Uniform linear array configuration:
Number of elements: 48
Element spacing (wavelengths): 0.5
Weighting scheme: blackman
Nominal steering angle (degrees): -60
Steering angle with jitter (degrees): -61.497
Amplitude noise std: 0.05
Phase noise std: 0.05

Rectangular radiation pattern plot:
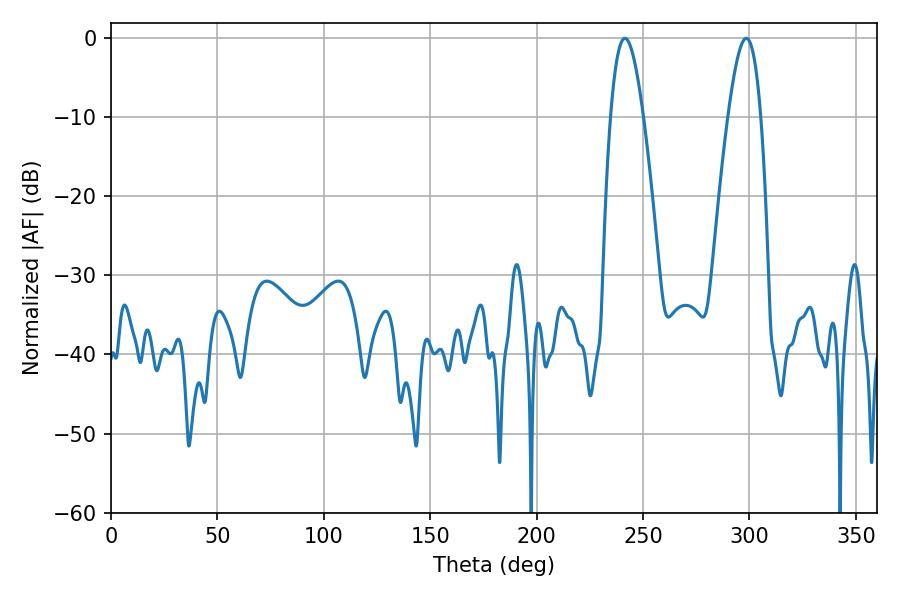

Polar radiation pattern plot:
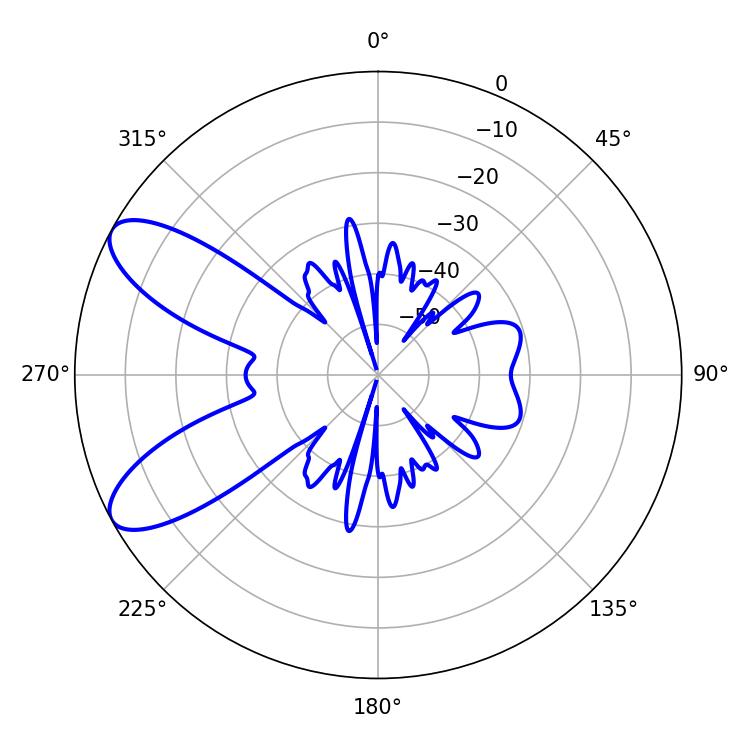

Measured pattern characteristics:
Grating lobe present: FALSE
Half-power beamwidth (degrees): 8.28
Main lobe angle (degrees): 241.56